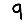
Digit: 9